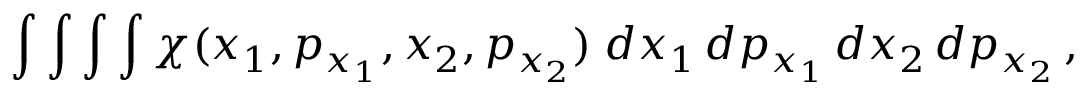
\int \int \int \int \chi ( x _ { 1 } , p _ { x _ { 1 } } , x _ { 2 } , p _ { x _ { 2 } } ) \; d x _ { 1 } \, d p _ { x _ { 1 } } \, d x _ { 2 } \, d p _ { x _ { 2 } } \, ,